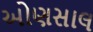
ઓણસાલ